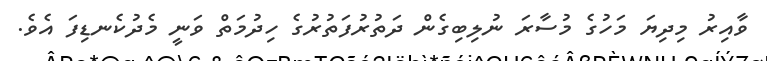
ވާއިރު މިދިޔަ މަހުގެ މުސާރަ ނުލިބިގެން ދަތުރުފަތުރުގެ ހިދުމަތް ވަނީ މެދުކެނޑިފަ އެވެ.